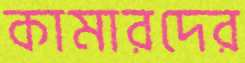
কামারদের